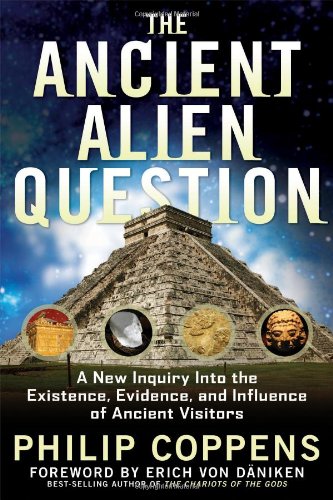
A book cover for The Ancient Alien Question: A New Inquiry Into the Existence, Evidence, and Influence of Ancient Visitors; Philip Coppens; Science & Math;